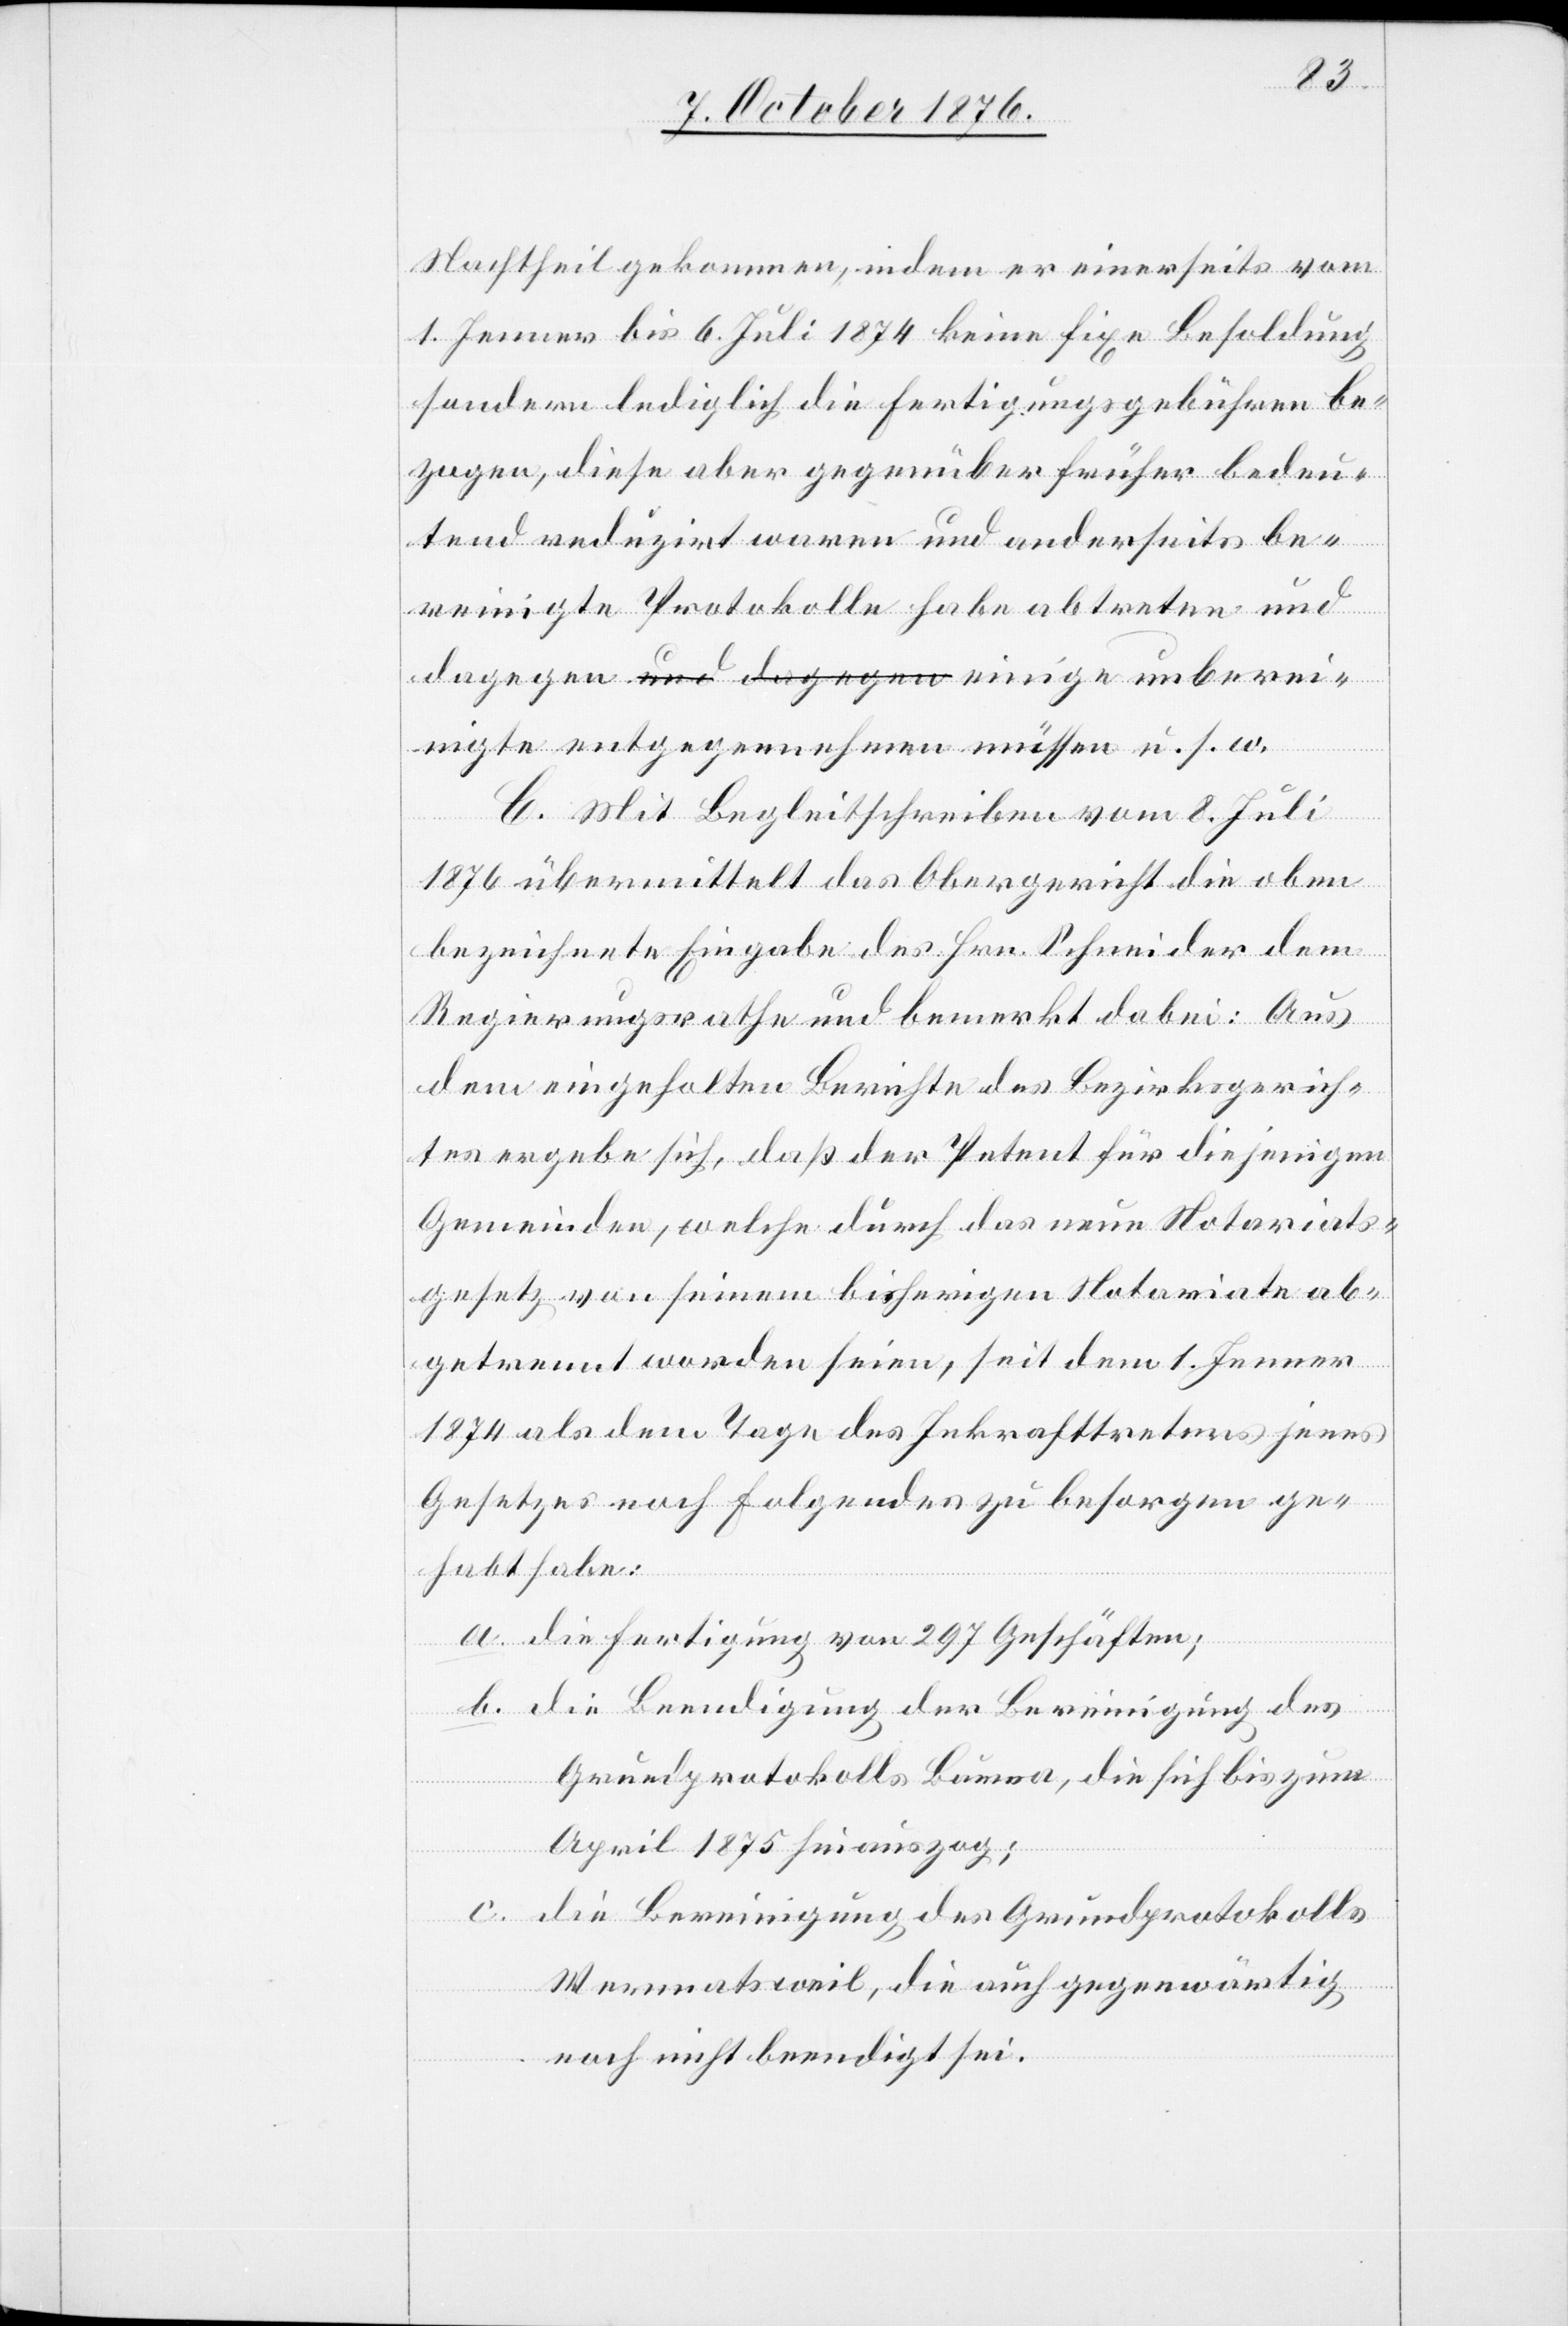
Nachtheil gekommen, indem er einerseits vom
1. Jenner bis 6. Juli 1874 keine fixe Besoldung
sondern lediglich die Fertigungsgebühren be¬
zogen, diese aber gegenüber früher bedeu¬
tend reduzirt waren und anderseits be¬
reinigte Protokolle habe abtreten und
einigte entgegennehmen müssen u. s. w.
C. Mit Begleitschreiben vom 8. Juli
1876 übermittelt das Obergericht die oben
bezeichnete Eingabe des Hrn. Schneider dem
Regierungsrathe und bemerkt dabei: Aus
dem eingeholten Berichte des Bezirksgerich¬
tes ergebe sich, daß der Petent für diejenigen
Gemeinden, welche durch das neue Notariats¬
gesetz von seinem bisherigen Notariate ab¬
getrennt worden seien, seit dem 1. Jenner
1874 als dem Tage des Inkrafttretens jenes
Gesetzes noch Folgendes zu besorgen ge¬
habt habe:
un¬
ber¬
a. die Fertigung von 297 Geschäften;
b. die Beendigung der Bereinigung des
Grundprotokolls Bauma, die sich bis zum
April 1875 hinauszog;
c. die Bereinigung des Grundprotokolls
Wermatsweil, die auch gegenwärtig
noch nicht beendigt sei.